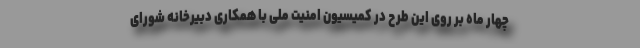
چهار ماه بر روی این طرح در کمیسیون امنیت ملی با همکاری دبیرخانه شورای